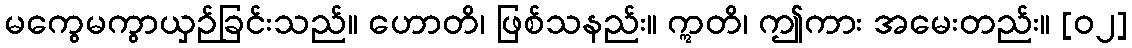
မကွေမကွာယှဉ်ခြင်းသည်။ ဟောတိ၊ ဖြစ်သနည်း။ ဣတိ၊ ဤကား အမေးတည်း။ [၀၂]